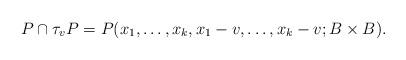
LaTeX: \begin{align*}P \cap \tau_v P = P(x_1, \dots , x_k , x_1 - v , \dots , x_k - v; B \times B).\end{align*}